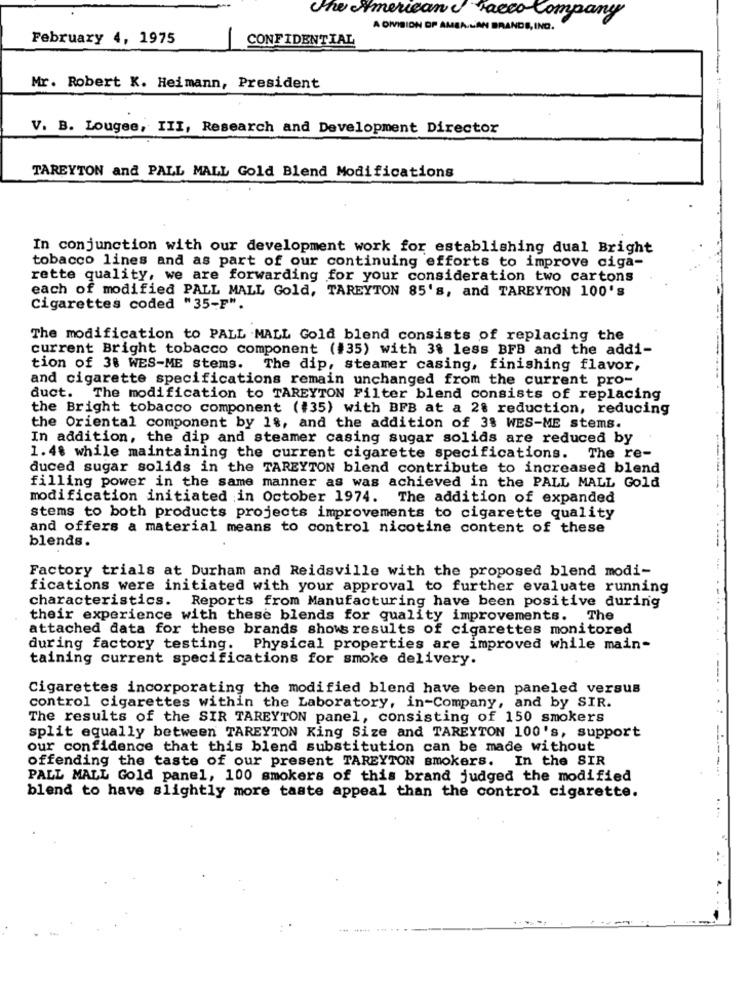
The American & Facco Company
A DIVISION OF AMEA LAN BRANDS, ING.
February 4, 1975
CONFIDENTIAL
Mr. Robert K. Heimann, President
V. B. Lougee, III, Research and Development Director
TAREYTON and PALL MALL Gold Blend Modifications
In conjunction with our development work for establishing dual Bright
tobacco lines and as part of our continuing efforts to improve ciga-
rette quality, we are forwarding for your consideration two cartons
each of modified PALL MALL Gold, TAREYTON 85's, and TAREYTON 100's
Cigarettes coded "35-F".
The modification to PALL MALL Gold blend consists of replacing the
current Bright tobacco component (#35) with 3% less BFB and the addi-
tion of 38 WES-ME stems. The dip, steamer casing, finishing flavor,
and cigarette specifications remain unchanged from the current pro-
duct. The modification to TAREYTON Filter blend consists of replacing
the Bright tobacco component (#35) with BFB at a 2% reduction, reducing
the Oriental component by 18, and the addition of 38 WES-ME stems.
In addition, the dip and steamer casing sugar solids are reduced by
1.48 while maintaining the current cigarette specifications. The re-
duced sugar solids in the TAREYTON blend contribute to increased blend
filling power in the same manner as was achieved in the PALL MALL Gold
modification initiated in October 1974. The addition of expanded
stems to both products projects improvements to cigarette quality
and offers a material means to control nicotine content of these
blends.
Factory trials at Durham and Reidsville with the proposed blend modi-
fications were initiated with your approval to further evaluate running
characteristics. Reports from Manufacturing have been positive during
their experience with these blends for quality improvements. The
attached data for these brands shows results of cigarettes monitored
during factory testing.
Physical properties are improved while main-
taining current specifications for smoke delivery.
Cigarettes incorporating the modified blend have been paneled versus
control cigarettes within the Laboratory, in-Company, and by SIR.
The results of the SIR TAREYTON panel, consisting of 150 smokers
split equally between TAREYTON King Size and TAREYTON 100's, support
our confidence that this blend substitution can be made without
offending the taste of our present TAREYTON smokers. In the SIR
PALL MALL Gold panel, 100 smokers of this brand judged the modified
blend to have slightly more taste appeal than the control cigarette.